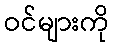
ဝင်များကို